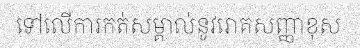
ទៅលើការកត់សម្គាល់នូវរោគសញ្ញាខុស